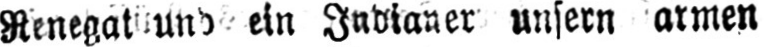
ein Indianer unsern armen